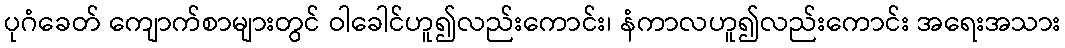
ပုဂံခေတ် ကျောက်စာများတွင် ဝါခေါင်ဟူ၍လည်းကောင်း၊ နံကာလဟူ၍လည်းကောင်း အရေးအသား